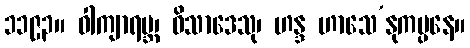
၁၁၉၃။ ဝါကျာရမ္ဘ၊ ဝိသာဒေသု၊ ဟန္ဒ ဟာသေ’နုကမ္ပနေ။